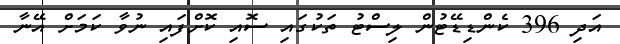
އަދި 396 ކެންޑިޑޭޓުން ލިސްޓު ތަކުގައި ސޮއި ކޮށްފައި ނުވާ ކަމަށް އޭނާ